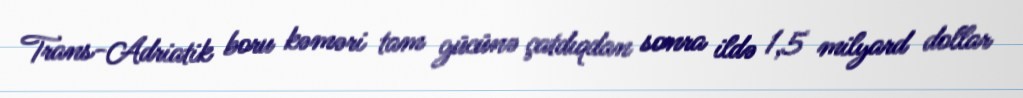
Trans-Adriatik boru kəməri tam gücünə çatdıqdan sonra ildə 1,5 milyard dollar